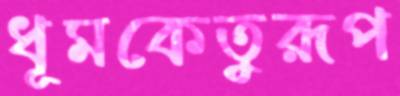
ধূমকেতুরূপ